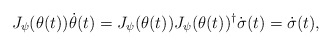
\begin{align*} J_\psi(\theta(t))\dot\theta(t)=J_\psi(\theta(t))J_\psi(\theta(t))^\dag\dot\sigma(t)= \dot\sigma(t), \end{align*}